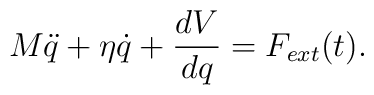
M\ddot{q} + \eta\dot{q} + \frac{dV}{dq} = F_{ext}(t).